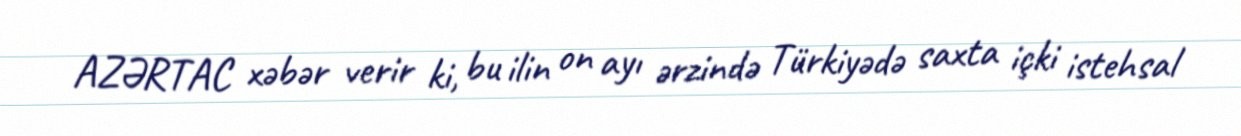
AZƏRTAC xəbər verir ki, bu ilin on ayı ərzində Türkiyədə saxta içki istehsal